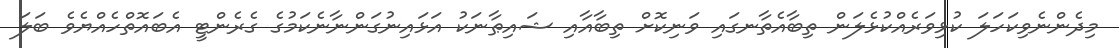
މިދެންނެވިކަހަލަ ކުޅިވަރެއްކުޅެލަން ތިބާއެތާނގައި ވަނިކޮށް ތިބާއާއި ޝައިޠާނަކު އަޅައިނުގަންނާނެކަމުގެ ގެރެންޓީ އެބައޮތްހެއްޔެވެ ބަލަ